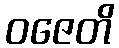
ဝဇေတိ